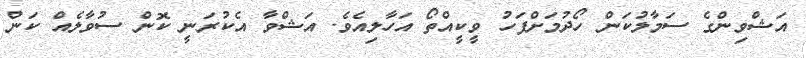
އަޝްވިންގެ ސަމާލުކަން ހޯދުމަށްފަހު ވީކީއްތޯ އަހާލިއެވެ. އަޝްވާ އެކުރަނީ ކޮން ސުވާލެއް ކަން